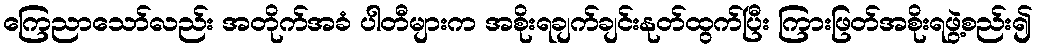
ကြေညာသော်လည်း အတိုက်အခံ ပါတီများက အစိုးရချက်ချင်းနုတ်ထွက်ပြီး ကြားဖြတ်အစိုးရဖွဲ့စည်း၍